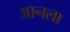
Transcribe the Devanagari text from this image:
आनला